Leaving Certificate Examination, 1910. Written examination, 1910
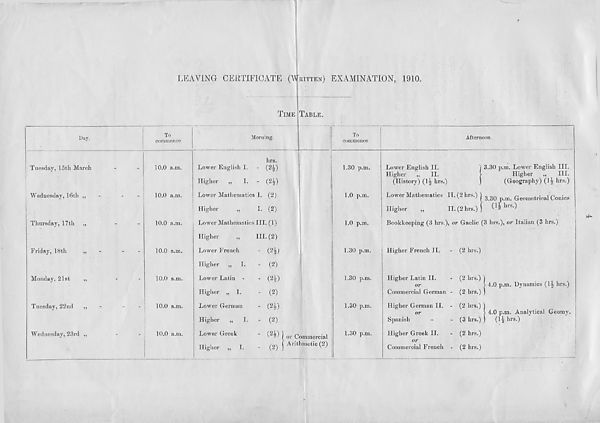
LEAVING CERTIFICATE (WRITTEN) EXAMINATION, 1910..
TIME
Day.
Tuesday, 15th March
Wednesday, 16th „
Thursday, 17th „
Friday, 18th
„
Monday, 21st
„
Tuesday, 22nd „
Wednesday, 23rd „
To
commence
Morning.
10.0 a.m.
10.0 a.m.
10.0 a.m.
10.0 a.m.
10.0 a.m.
10.0 a.m.
10.0 a.m.
Higher
hrs.
Lower English I. - (2%)
Higher „
I. - (2|)
Lower Mathematics I. (2)
Higher
„
1. (2)
Lower Mathematics III. (1)
„
in. (2)
Lower French
Higher „ I.
Lower Latin
Higher „ I.
Lower German
Higher „
I.
Lower Greek
Higher „ I.
TABLE.
(2i)
(2)
(H)
(2)
(2i)
(2)
) or Commercial
(2^ j Arithmetic (2)
To
commence
1.30 p.m.
1.0 p.m.
1.0 p.m.
1.30 p.m.
1.30 p.m.
1.30 p.m.
Afternoon.
Lower English II.
Higher „
II.
(History) (1| hrs.)
3.30 p.m. Lower English III.
Higher „
III.
(Geography) (G lirs -)
Lower Mathematics IT. (2 hrs.) ) ^ p m Geometrical Conics
Higher
„
II. (2 hrs.)) (G ^r S- )
Bookkeeping (3 hrs.), or Gaelic (3 hrs.), or Italian (3 hrs.)
1.30 p.m.
Higher French II. - (2 hrs.)
Higher Latin II.
or
Commercial German
Higher German II.
Spanish
Higher Greek II.
or
Commercial French
4.0 p.m. Dynamics (H hrs.)
(2 hrs.)
(2 hrs.)
(2 hrs.) 1
> 4.0 p.m. Analytical Geomy.
(3 hrs.) ) (1^ hrs.)
(2 hrs.)
(2 hrs.)